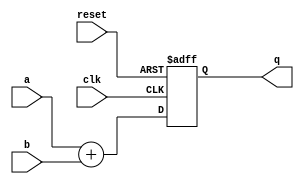
module add64(
	     input wire [63:0] 	a,
	     input wire [63:0] 	b,
	     input wire 	clk,
	     input wire 	reset,
	     output wire [63:0] q);

   // COMBINATIONAL
   // assign q = a + b;

   // USING A PIPELINE STAGE
   reg [63:0] 			qreg;
   always @(posedge clk, posedge reset)
     begin
   if (reset)
     qreg <= 64'b0;
   else
     qreg <= a+b;	
     end
   assign q = qreg;
   
endmodule